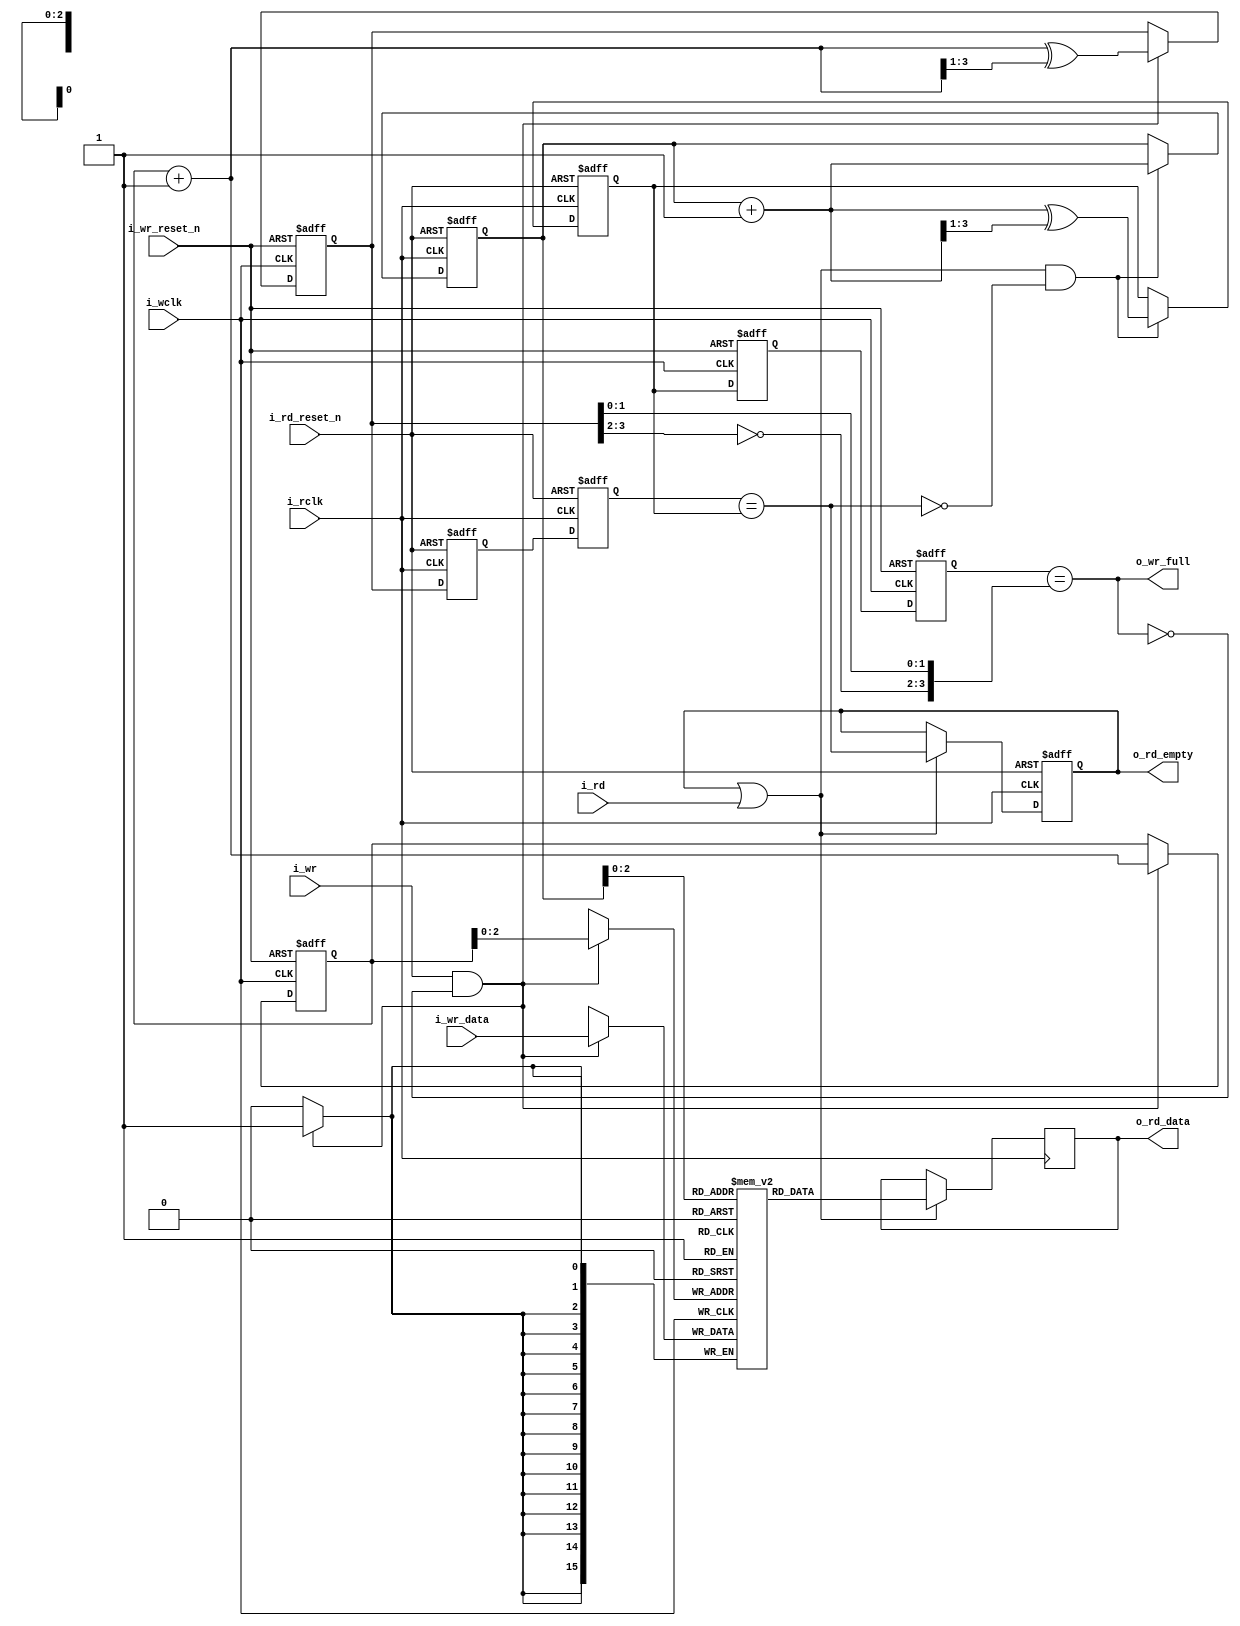
////////////////////////////////////////////////////////////////////////////////
//
// {{{
// Project:	SD-Card controller, using a shared SPI interface
//
// Purpose:	A basic asynchronous FIFO.
//
// Creator:	Dan Gisselquist, Ph.D.
//		Gisselquist Technology, LLC
//
////////////////////////////////////////////////////////////////////////////////
// }}}
// Copyright (C) 2019-2023, Gisselquist Technology, LLC
// {{{
// This program is free software (firmware): you can redistribute it and/or
// modify it under the terms of the GNU General Public License as published
// by the Free Software Foundation, either version 3 of the License, or (at
// your option) any later version.
//
// This program is distributed in the hope that it will be useful, but WITHOUT
// ANY WARRANTY; without even the implied warranty of MERCHANTIBILITY or
// FITNESS FOR A PARTICULAR PURPOSE.  See the GNU General Public License
// for more details.
//
// You should have received a copy of the GNU General Public License along
// with this program.  (It's in the $(ROOT)/doc directory.  Run make with no
// target there if the PDF file isn't present.)  If not, see
// <http://www.gnu.org/licenses/> for a copy.
// }}}
// License:	GPL, v3, as defined and found on www.gnu.org,
//		http://www.gnu.org/licenses/gpl.html
//
////////////////////////////////////////////////////////////////////////////////
//
`timescale 1ns / 1ps
`default_nettype	none
// }}}
module afifo #(
		// {{{
		// LGFIFO is the log based-two of the number of entries
		//	in the FIFO, log_2(fifo size)
		parameter	LGFIFO = 3,
		//
		// WIDTH is the number of data bits in each entry
		parameter	WIDTH  = 16,
		//
		// NFF is the number of flip flops used to cross clock domains.
		// 2 is a minimum.  Some applications appreciate the better
		parameter	NFF    = 2,
		//
		// This core can either write on the positive edge of the clock
		// or the negative edge.  Set WRITE_ON_POSEDGE (the default)
		// to write on the positive edge of the clock.
		parameter [0:0]	WRITE_ON_POSEDGE = 1'b1,
		//
		// Many  logic elements can read from memory asynchronously.
		// This burdens any following logic.  By setting
		// OPT_REGISTER_READS, we force all reads to be synchronous and
		// not burdened by any logic.  You can spare a clock of latency
		// by clearing this register.
		parameter [0:0]	OPT_REGISTER_READS = 1'b1
`ifdef	FORMAL
		// F_OPT_DATA_STB
		// {{{
		// In the formal proof, F_OPT_DATA_STB includes a series of
		// assumptions associated with a data strobe I/O pin--things
		// like a discontinuous clock--just to make sure the core still
		// works in those circumstances
		, parameter [0:0]	F_OPT_DATA_STB = 1'b1
		// }}}
`endif
		// }}}
	) (
		// {{{
		//
		// The (incoming) write data interface
		input	wire			i_wclk, i_wr_reset_n, i_wr,
		input	wire	[WIDTH-1:0]	i_wr_data,
		output	reg			o_wr_full,
		//
		// The (incoming) write data interface
		input	wire			i_rclk, i_rd_reset_n, i_rd,
		output	reg	[WIDTH-1:0]	o_rd_data,
		output	reg			o_rd_empty
`ifdef	FORMAL
		, output reg	[LGFIFO:0]	f_fill
`endif
		// }}}
	);

	// Register/net declarations
	// {{{
	// MSB = most significant bit of the FIFO address vector.  It's
	// just short-hand for LGFIFO, and won't work any other way.
	localparam	MSB = LGFIFO;
	//
	reg	[WIDTH-1:0]		mem	[(1<<LGFIFO)-1:0];
	reg	[LGFIFO:0]		rd_addr, wr_addr,
					rd_wgray, wr_rgray;
	wire	[LGFIFO:0]		next_rd_addr, next_wr_addr;
	reg	[LGFIFO:0]		rgray, wgray;
	(* ASYNC_REG = "TRUE" *) reg	[(LGFIFO+1)*(NFF-1)-1:0]
					rgray_cross, wgray_cross;
	wire				wclk;
	reg	[WIDTH-1:0]		lcl_rd_data;
	reg				lcl_read, lcl_rd_empty;
	// }}}

	// wclk - Write clock generation
	// {{{
	generate if (WRITE_ON_POSEDGE)
	begin : GEN_POSEDGE_WRITES

		assign	wclk = i_wclk;

	end else begin : GEN_NEGEDGE_WRITES

		assign	wclk = !i_wclk;

	end endgenerate
	// }}}

	////////////////////////////////////////////////////////////////////////
	//
	// Write to and read from memory
	// {{{
	////////////////////////////////////////////////////////////////////////
	//
	//

	// wr_addr, wgray
	// {{{
	assign	next_wr_addr = wr_addr + 1;
	always @(posedge wclk or negedge i_wr_reset_n)
	if (!i_wr_reset_n)
	begin
		wr_addr <= 0;
		wgray   <= 0;
	end else if (i_wr && !o_wr_full)
	begin
		wr_addr <= next_wr_addr;
		wgray   <= next_wr_addr ^ (next_wr_addr >> 1);
	end
	// }}}

	// Write to memory
	// {{{
	always @(posedge wclk)
	if (i_wr && !o_wr_full)
		mem[wr_addr[LGFIFO-1:0]] <= i_wr_data;
	// }}}

	// rd_addr, rgray
	// {{{
	assign	next_rd_addr = rd_addr + 1;
	always @(posedge i_rclk or negedge i_rd_reset_n)
	if (!i_rd_reset_n)
	begin
		rd_addr <= 0;
		rgray   <= 0;
	end else if (lcl_read && !lcl_rd_empty)
	begin
		rd_addr <= next_rd_addr;
		rgray   <= next_rd_addr ^ (next_rd_addr >> 1);
	end
	// }}}

	// Read from memory
	// {{{
	always @(*)
		lcl_rd_data = mem[rd_addr[LGFIFO-1:0]];
	// }}}
	// }}}
	////////////////////////////////////////////////////////////////////////
	//
	// Cross clock domains
	// {{{
	////////////////////////////////////////////////////////////////////////
	//
	//

	// read pointer -> wr_rgray
	// {{{
	always @(posedge wclk or negedge i_wr_reset_n)
	if (!i_wr_reset_n)
		{ wr_rgray, rgray_cross } <= 0;
	else
		{ wr_rgray, rgray_cross } <= { rgray_cross, rgray };
	// }}}

	// write pointer -> rd_wgray
	// {{{
	always @(posedge i_rclk or negedge i_rd_reset_n)
	if (!i_rd_reset_n)
		{ rd_wgray, wgray_cross } <= 0;
	else
		{ rd_wgray, wgray_cross } <= { wgray_cross, wgray };
	// }}}

	// }}}
	////////////////////////////////////////////////////////////////////////
	//
	// Flag generation
	// {{{
	////////////////////////////////////////////////////////////////////////
	//
	//

	always @(*)
		o_wr_full = (wr_rgray == { ~wgray[MSB:MSB-1], wgray[MSB-2:0] });

	always @(*)
		lcl_rd_empty = (rd_wgray == rgray);

	// o_rd_empty, o_rd_data
	// {{{
	generate if (OPT_REGISTER_READS)
	begin : GEN_REGISTERED_READ
		// {{{
		always @(*)
			lcl_read = (o_rd_empty || i_rd);

		always @(posedge i_rclk or negedge i_rd_reset_n)
		if (!i_rd_reset_n)
			o_rd_empty <= 1'b1;
		else if (lcl_read)
			o_rd_empty <= lcl_rd_empty;

		always @(posedge i_rclk)
		if (lcl_read)
			o_rd_data <= lcl_rd_data;
		// }}}
	end else begin : GEN_COMBINATORIAL_FLAGS
		// {{{
		always @(*)
			lcl_read = i_rd;

		always @(*)
			o_rd_empty = lcl_rd_empty;

		always @(*)
			o_rd_data = lcl_rd_data;
		// }}}
	end endgenerate
	// }}}
	// }}}
////////////////////////////////////////////////////////////////////////////////
////////////////////////////////////////////////////////////////////////////////
////////////////////////////////////////////////////////////////////////////////
//
// Formal properties
// {{{
////////////////////////////////////////////////////////////////////////////////
////////////////////////////////////////////////////////////////////////////////
////////////////////////////////////////////////////////////////////////////////
`ifdef	FORMAL
	// Start out with some register/net/macro declarations, f_past_valid,etc
	// {{{
`ifdef	AFIFO
`define	ASSERT	assert
`define	ASSUME	assume
`else
`define	ASSERT	assert
`define	ASSUME	assert
`endif

	(* gclk *)	reg	gbl_clk;
	reg			f_past_valid_gbl, f_past_valid_rd,
				f_rd_in_reset, f_wr_in_reset;
	reg	[WIDTH-1:0]	past_rd_data, past_wr_data;
	reg			past_wr_reset_n, past_rd_reset_n,
				past_rd_empty, past_wclk, past_rclk, past_rd;
	reg	[(LGFIFO+1)*(NFF-1)-1:0]	f_wcross, f_rcross;
	reg	[LGFIFO:0]	f_rd_waddr, f_wr_raddr;
	reg	[LGFIFO:0]	f_rdcross_fill	[NFF-1:0];
	reg	[LGFIFO:0]	f_wrcross_fill	[NFF-1:0];


	initial	f_past_valid_gbl = 1'b0;
	always @(posedge gbl_clk)
		f_past_valid_gbl <= 1'b1;

	initial	f_past_valid_rd = 1'b0;
	always @(posedge i_rclk)
		f_past_valid_rd <= 1'b1;
	// }}}
	////////////////////////////////////////////////////////////////////////
	//
	// Reset checks
	// {{{
	////////////////////////////////////////////////////////////////////////
	//
	//
	initial	f_wr_in_reset = 1'b1;
	always @(posedge wclk or negedge i_wr_reset_n)
	if (!i_wr_reset_n)
		f_wr_in_reset <= 1'b1;
	else
		f_wr_in_reset <= 1'b0;

	initial	f_rd_in_reset = 1'b1;
	always @(posedge i_rclk or negedge i_rd_reset_n)
	if (!i_rd_reset_n)
		f_rd_in_reset <= 1'b1;
	else
		f_rd_in_reset <= 1'b0;

	//
	// Resets are ...
	//	1. Asserted always initially, and ...
	always @(*)
	if (!f_past_valid_gbl)
	begin
		`ASSUME(!i_wr_reset_n);
		`ASSUME(!i_rd_reset_n);
	end

	//	2. They only ever become active together
	always @(*)
	if (past_wr_reset_n && !i_wr_reset_n)
		`ASSUME(!i_rd_reset_n);

	always @(*)
	if (past_rd_reset_n && !i_rd_reset_n)
		`ASSUME(!i_wr_reset_n);

	// }}}
	////////////////////////////////////////////////////////////////////////
	//
	// Synchronous signal assumptions
	// {{{
	////////////////////////////////////////////////////////////////////////
	//
	//

	always @(posedge gbl_clk)
	begin
		past_wr_reset_n <= i_wr_reset_n;
		past_rd_reset_n <= i_rd_reset_n;

		past_wclk  <= wclk;
		past_rclk  <= i_rclk;

		past_rd      <= i_rd;
		past_rd_data <= lcl_rd_data;
		past_wr_data <= i_wr_data;

		past_rd_empty<= lcl_rd_empty;
	end

	//
	// Read side may be assumed to be synchronous
	always @(*)
	if (f_past_valid_gbl && i_rd_reset_n && (past_rclk || !i_rclk))
		// i.e. if (!$rose(i_rclk))
		`ASSUME(i_rd == past_rd);

	always @(*)
	if (f_past_valid_rd && !f_rd_in_reset && !lcl_rd_empty
		&&(past_rclk || !i_rclk))
	begin
		`ASSERT(lcl_rd_data == past_rd_data);
		`ASSERT(lcl_rd_empty == past_rd_empty);
	end


	generate if (F_OPT_DATA_STB)
	begin

		always @(posedge gbl_clk)
			`ASSUME(!o_wr_full);

		always @(posedge gbl_clk)
		if (!i_wr_reset_n)
			`ASSUME(!i_wclk);

		always @(posedge gbl_clk)
			`ASSUME(i_wr == i_wr_reset_n);

		always @(posedge gbl_clk)
		if ($changed(i_wr_reset_n))
			`ASSUME($stable(wclk));

	end endgenerate
	// }}}
	////////////////////////////////////////////////////////////////////////
	//
	// Fill checks
	// {{{
	////////////////////////////////////////////////////////////////////////
	//
	//
	always @(*)
		f_fill = wr_addr - rd_addr;

	always @(*)
	if (!f_wr_in_reset)
		`ASSERT(f_fill <= { 1'b1, {(MSB){1'b0}} });

	always @(*)
	if (wr_addr == rd_addr)
		`ASSERT(lcl_rd_empty);

	always @(*)
	if ((!f_wr_in_reset && !f_rd_in_reset)
			&& wr_addr == { ~rd_addr[MSB], rd_addr[MSB-1:0] })
		`ASSERT(o_wr_full);

	// }}}
	////////////////////////////////////////////////////////////////////////
	//
	// Induction checks
	// {{{
	////////////////////////////////////////////////////////////////////////
	//
	//

	// f_wr_in_reset -- write logic is in its reset state
	// {{{
	always @(*)
	if (f_wr_in_reset)
	begin
		`ASSERT(wr_addr == 0);
		`ASSERT(wgray_cross == 0);

		`ASSERT(rd_addr == 0);
		`ASSERT(rgray_cross == 0);
		`ASSERT(rd_wgray == 0);

		`ASSERT(lcl_rd_empty);
		`ASSERT(!o_wr_full);
	end
	// }}}

	// f_rd_in_reset -- read logic is in its reset state
	// {{{
	always @(*)
	if (f_rd_in_reset)
	begin
		`ASSERT(rd_addr == 0);
		`ASSERT(rgray_cross == 0);
		`ASSERT(rd_wgray == 0);

		`ASSERT(lcl_rd_empty);
	end
	// }}}

	// f_wr_raddr -- a read address to match the gray values
	// {{{
	always @(posedge wclk or negedge i_wr_reset_n)
	if (!i_wr_reset_n)
		{ f_wr_raddr, f_rcross } <= 0;
	else
		{ f_wr_raddr, f_rcross } <= { f_rcross, rd_addr };
	// }}}

	// f_rd_waddr -- a write address to match the gray values
	// {{{
	always @(posedge i_rclk or negedge i_rd_reset_n)
	if (!i_rd_reset_n)
		{ f_rd_waddr, f_wcross } <= 0;
	else
		{ f_rd_waddr, f_wcross } <= { f_wcross, wr_addr };
	// }}}

	integer	k;

	// wgray check
	// {{{
	always @(*)
		`ASSERT((wr_addr ^ (wr_addr >> 1)) == wgray);
	// }}}

	// wgray_cross check
	// {{{
	always @(*)
	for(k=0; k<NFF-1; k=k+1)
		`ASSERT((f_wcross[k*(LGFIFO+1) +: LGFIFO+1]
			^ (f_wcross[k*(LGFIFO+1)+: LGFIFO+1]>>1))
			== wgray_cross[k*(LGFIFO+1) +: LGFIFO+1]);
	// }}}

	// rgray check
	// {{{
	always @(*)
		`ASSERT((rd_addr ^ (rd_addr >> 1)) == rgray);
	// }}}

	// rgray_cross check
	// {{{
	always @(*)
	for(k=0; k<NFF-1; k=k+1)
		`ASSERT((f_rcross[k*(LGFIFO+1) +: LGFIFO+1]
			^ (f_rcross[k*(LGFIFO+1) +: LGFIFO+1]>>1))
			== rgray_cross[k*(LGFIFO+1) +: LGFIFO+1]);
	// }}}

	// wr_rgray
	// {{{
	always @(*)
		`ASSERT((f_wr_raddr ^ (f_wr_raddr >> 1)) == wr_rgray);
	// }}}

	// rd_wgray
	// {{{
	always @(*)
		`ASSERT((f_rd_waddr ^ (f_rd_waddr >> 1)) == rd_wgray);
	// }}}

	// f_rdcross_fill
	// {{{
	always @(*)
	for(k=0; k<NFF-1; k=k+1)
		f_rdcross_fill[k] = f_wcross[k*(LGFIFO+1) +: LGFIFO+1]
				- rd_addr;

	always @(*)
		f_rdcross_fill[NFF-1] = f_rd_waddr - rd_addr;

	always @(*)
	for(k=0; k<NFF; k=k+1)
		`ASSERT(f_rdcross_fill[k] <= { 1'b1, {(LGFIFO){1'b0}} });

	always @(*)
	for(k=1; k<NFF; k=k+1)
		`ASSERT(f_rdcross_fill[k] <= f_rdcross_fill[k-1]);
	always @(*)
		`ASSERT(f_rdcross_fill[0] <= f_fill);
	// }}}

	// f_wrcross_fill
	// {{{
	always @(*)
	for(k=0; k<NFF-1; k=k+1)
		f_wrcross_fill[k] = wr_addr -
			f_rcross[k*(LGFIFO+1) +: LGFIFO+1];

	always @(*)
		f_wrcross_fill[NFF-1] = wr_addr - f_wr_raddr;

	always @(*)
	for(k=0; k<NFF; k=k+1)
		`ASSERT(f_wrcross_fill[k] <= { 1'b1, {(LGFIFO){1'b0}} });

	always @(*)
	for(k=1; k<NFF; k=k+1)
		`ASSERT(f_wrcross_fill[k] >= f_wrcross_fill[k-1]);
	always @(*)
		`ASSERT(f_wrcross_fill[0] >= f_fill);
	// }}}

	// }}}
	////////////////////////////////////////////////////////////////////////
	//
	// Clock generation
	// {{{
	////////////////////////////////////////////////////////////////////////
	//
	//

	// Here's the challenge: if we use $past with any of our clocks, such
	// as to determine stability or any such, the proof takes forever, and
	// we need to guarantee a minimum number of transitions within the
	// depth of the proof.  If, on the other hand, we build our own $past
	// primitives--we can then finish much faster and be successful on
	// any depth of proof.

	// pre_xclk is what the clock will become on the next global clock edge.
	// By using it here, we can check things @(*) instead of
	// @(posedge gbl_clk).  Further, we can check $rose(pre_xclk) (or $fell)
	// and essentially check things @(*) but while using @(global_clk).
	// In other words, we can transition on @(posedge gbl_clk), but stay
	// in sync with the data--rather than being behind by a clock.
	// now_xclk is what the clock is currently.
	//
	(* anyseq *)	reg	pre_wclk, pre_rclk;
			reg	now_wclk, now_rclk;
	always @(posedge gbl_clk)
	begin
		now_wclk <= pre_wclk;
		now_rclk <= pre_rclk;
	end

	always @(*)
	begin
		assume(i_wclk == now_wclk);
		assume(i_rclk == now_rclk);
	end

	always @(posedge gbl_clk)
		assume(i_rclk == $past(pre_rclk));

	// Assume both clocks start idle
	// {{{
	always @(*)
	if (!f_past_valid_gbl)
	begin
		assume(!pre_wclk && !wclk);
		assume(!pre_rclk && !i_rclk);
	end
	// }}}

	// }}}
	////////////////////////////////////////////////////////////////////////
	//
	// Formal contract check --- the twin write test
	// {{{
	////////////////////////////////////////////////////////////////////////
	//
	//

	// Tracking register declarations
	// {{{
			reg	[WIDTH-1:0]	f_first, f_next;
	(* anyconst *)	reg	[LGFIFO:0]	f_addr;
			reg	[LGFIFO:0]	f_next_addr;
	reg			f_first_in_fifo, f_next_in_fifo;
	reg	[LGFIFO:0]	f_to_first, f_to_next;
	reg	[1:0]	f_state;

	always @(*)
		f_next_addr = f_addr + 1;
	// }}}

	// distance_to*, *_in_fifo
	// {{{
	always @(*)
	begin
		f_to_first = f_addr - rd_addr;

		f_first_in_fifo = 1'b1;
		if ((f_to_first >= f_fill)||(f_fill == 0))
			f_first_in_fifo = 1'b0;

		if (mem[f_addr] != f_first)
			f_first_in_fifo = 1'b0;

		//
		// Check the second item
		//

		f_to_next  = f_next_addr - rd_addr;
		f_next_in_fifo = 1'b1;
		if ((f_to_next >= f_fill)||(f_fill == 0))
			f_next_in_fifo = 1'b0;

		if (mem[f_next_addr] != f_next)
			f_next_in_fifo = 1'b0;
	end
	// }}}

	// f_state -- generate our state variable
	// {{{
	initial	f_state = 0;
	always @(posedge gbl_clk)
	if (!i_wr_reset_n)
		f_state <= 0;
	else case(f_state)
	2'b00: if (($rose(pre_wclk))&& i_wr && !o_wr_full &&(wr_addr == f_addr))
		begin
			f_state <= 2'b01;
			f_first <= i_wr_data;
		end
	2'b01: if ($rose(pre_rclk)&& lcl_read && rd_addr == f_addr)
			f_state <= 2'b00;
		else if ($rose(pre_wclk) && i_wr && !o_wr_full )
		begin
			f_state <= 2'b10;
			f_next  <= i_wr_data;
		end
	2'b10: if ($rose(pre_rclk) && lcl_read && !lcl_rd_empty && rd_addr == f_addr)
		f_state <= 2'b11;
	2'b11: if ($rose(pre_rclk) && lcl_read && !lcl_rd_empty && rd_addr == f_next_addr)
		f_state <= 2'b00;
	endcase
	// }}}

	// f_state invariants
	// {{{
	always @(*)
	if (i_wr_reset_n) case(f_state)
	2'b00: begin end
	2'b01: begin
		`ASSERT(f_first_in_fifo);
		`ASSERT(wr_addr == f_next_addr);
		`ASSERT(f_fill >= 1);
		end
	2'b10: begin
		`ASSERT(f_first_in_fifo);
		`ASSERT(f_next_in_fifo);
		if (!lcl_rd_empty && (rd_addr == f_addr))
			`ASSERT(lcl_rd_data == f_first);
		`ASSERT(f_fill >= 2);
		end
	2'b11: begin
		`ASSERT(rd_addr == f_next_addr);
		`ASSERT(f_next_in_fifo);
		`ASSERT(f_fill >= 1);
		if (!lcl_rd_empty)
			`ASSERT(lcl_rd_data == f_next);
		end
	endcase
	// }}}

	generate if (OPT_REGISTER_READS)
	begin
		reg	past_o_rd_empty;

		always @(posedge gbl_clk)
			past_o_rd_empty <= o_rd_empty;

		always @(posedge gbl_clk)
		if (f_past_valid_gbl && i_rd_reset_n)
		begin
			if ($past(!o_rd_empty && !i_rd && i_rd_reset_n))
				`ASSERT($stable(o_rd_data));
		end

		always @(posedge gbl_clk)
		if (!f_rd_in_reset && i_rd_reset_n && i_rclk && !past_rclk)
		begin
			if (past_o_rd_empty)
				`ASSERT(o_rd_data == past_rd_data);
			if (past_rd)
				`ASSERT(o_rd_data == past_rd_data);
		end

	end endgenerate
	// }}}
	////////////////////////////////////////////////////////////////////////
	//
	// Cover checks
	// {{{
	////////////////////////////////////////////////////////////////////////
	//
	//

	// Prove that we can read and write the FIFO
	// {{{
	always @(*)
	if (i_wr_reset_n && i_rd_reset_n)
	begin
		cover(o_rd_empty);
		cover(!o_rd_empty);
		cover(f_state == 2'b01);
		cover(f_state == 2'b10);
		cover(f_state == 2'b11);
		cover(&f_fill[MSB-1:0]);

		cover(i_rd);
		cover(i_rd && !o_rd_empty);
	end
	// }}}

`ifdef	AFIFO
	generate if (!F_OPT_DATA_STB)
	begin : COVER_FULL
		// {{{
		reg	cvr_full;

		initial	cvr_full = 1'b0;
		always @(posedge gbl_clk)
		if (!i_wr_reset_n)
			cvr_full <= 1'b0;
		else if (o_wr_full)
			cvr_full <= 1'b1;


		always @(*)
		if (f_past_valid_gbl && i_wr_reset_n)
		begin
			cover(o_wr_full);
			cover(o_rd_empty && cvr_full);
			cover(o_rd_empty && f_fill == 0 && cvr_full);
		end
		// }}}
	end else begin : COVER_NEARLY_FULL
		// {{{
		reg	cvr_nearly_full;

		initial	cvr_nearly_full = 1'b0;
		always @(posedge gbl_clk)
		if (!i_wr_reset_n)
			cvr_nearly_full <= 1'b0;
		else if (f_fill == { 1'b0, {(LGFIFO){1'b1} }})
			cvr_nearly_full <= 1'b1;


		always @(*)
		if (f_past_valid_gbl && i_wr_reset_n)
		begin
			cover(f_fill == { 1'b0, {(LGFIFO){1'b1} }});
			cover(cvr_nearly_full && i_wr_reset_n);
			cover(o_rd_empty && cvr_nearly_full);
			cover(o_rd_empty && f_fill == 0 && cvr_nearly_full);
		end
		// }}}
	end endgenerate
`endif
	// }}}
`endif
// }}}
endmodule